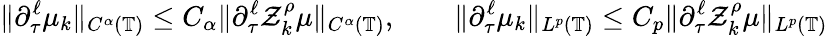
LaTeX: \| \partial_{\tau}^{\ell}\mu_{k}\| _{C^{\alpha}(\mathbb{T})}\leq C_{\alpha}\| \partial_{\tau}^{\ell}\mathcal{Z}_{k}^{\rho}\mu\| _{C^{\alpha}(\mathbb{T})},\qquad\| \partial_{\tau}^{\ell}\mu_{k}\| _{L^{p}(\mathbb{T})}\leq C_{p}\| \partial_{\tau}^{\ell}\mathcal{Z}_{k}^{\rho}\mu\| _{L^{p}(\mathbb{T})}